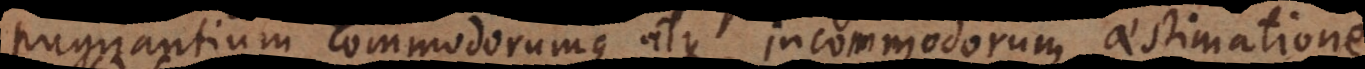
pugnantium commodorumque atque incommodorum aestimatione